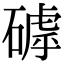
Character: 𥕕